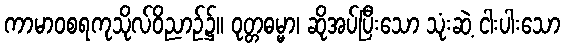
ကာမာဝစရကုသိုလ်ဝိညာဉ်၌။ ဝုတ္တဓမ္မာ၊ ဆိုအပ်ပြီးသော သုံးဆဲ့ ငါးပါးသော